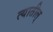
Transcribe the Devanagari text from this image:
त्यातील्